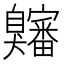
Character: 𫇍